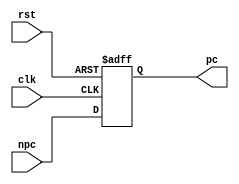
module pc(npc, clk, rst, pc);
    input [31:2] npc;
    input clk;
    input rst;
    output reg [31:2] pc;

    initial pc = 32'h0000_0c00;

    always @(posedge clk or posedge rst) begin
      if(rst) begin
        pc <= 30'h0000_0c00;
      end
      else begin
        pc <= npc;
      end
    end
endmodule